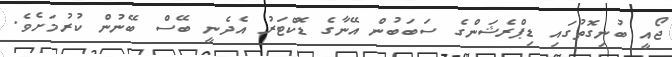
ޖޯއީ ބުނިގޮތުގައި ޑިޕްރެޝަންގެ ސަބަބުން އޭނާގެ ޑޮކްޓަރު އެދެނީ ބޭސް ބޭނުން ކުރުމަށެވެ.